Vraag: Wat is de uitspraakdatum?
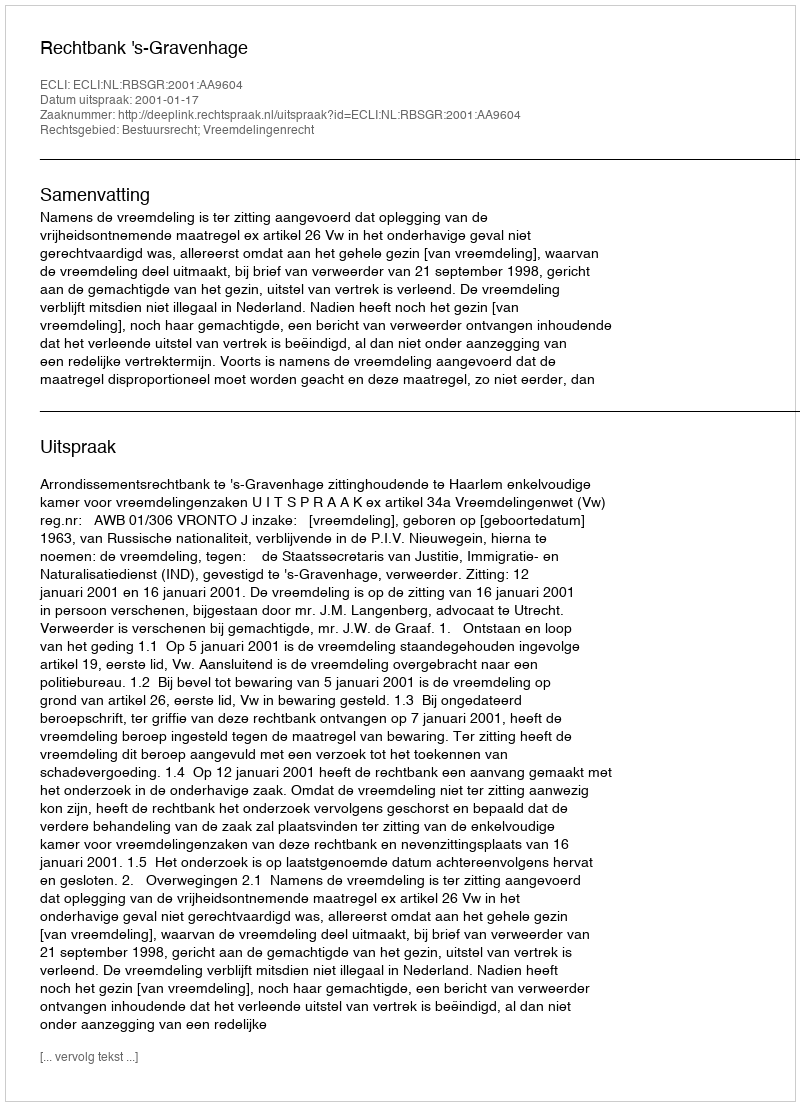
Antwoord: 2001-01-17